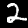
Digit: 2